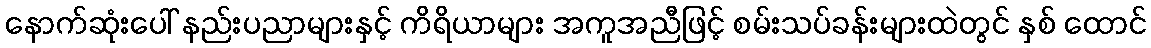
နောက်ဆုံးပေါ် နည်းပညာများနှင့် ကိရိယာများ အကူအညီဖြင့် စမ်းသပ်ခန်းများထဲတွင် နှစ် ထောင်